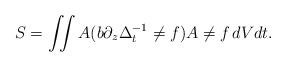
LaTeX: \begin{align*} S = \iint A(b\partial_z\Delta_t^{-1}\ne{f})A\ne{f}\,dVdt. \end{align*}